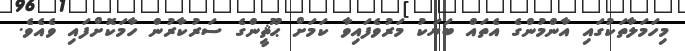
މިހަމަލާތަކުގައި އާންމުންގެ އެތައް ބަޔަކު މަރުވެފައިވާ ކަމަށް ޙޫޘީންގެ ސަރުކާރުން ހާމަކޮށްފައި ވެއެވެ.